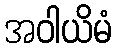
အဝါယိမံ